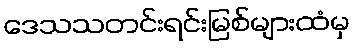
ဒေသသတင်းရင်းမြစ်များထံမှ